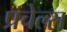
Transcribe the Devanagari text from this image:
प्रचेल्स